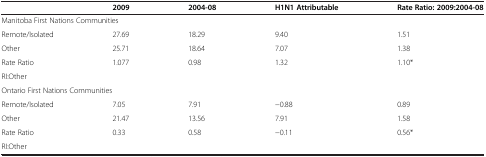
<table><thead><tr><td><b> </b></td><td><b>2009</b></td><td><b>2004-08</b></td><td><b>H1N1 Attributable</b></td><td><b>Rate Ratio: 2009:2004-08</b></td></tr></thead><tbody><tr><td colspan="5">Manitoba First Nations Communities</td></tr><tr><td>Remote/Isolated</td><td>27.69</td><td>18.29</td><td>9.40</td><td>1.51</td></tr><tr><td>Other</td><td>25.71</td><td>18.64</td><td>7.07</td><td>1.38</td></tr><tr><td>Rate Ratio</td><td rowspan="2">1.077</td><td rowspan="2">0.98</td><td rowspan="2">1.32</td><td rowspan="2">1.10*</td></tr><tr><td>RI:Other</td></tr><tr><td colspan="5">Ontario First Nations Communities</td></tr><tr><td>Remote/Isolated</td><td>7.05</td><td>7.91</td><td>−0.88</td><td>0.89</td></tr><tr><td>Other</td><td>21.47</td><td>13.56</td><td>7.91</td><td>1.58</td></tr><tr><td>Rate Ratio</td><td rowspan="2">0.33</td><td rowspan="2">0.58</td><td rowspan="2">−0.11</td><td rowspan="2">0.56*</td></tr><tr><td>RI:Other</td></tr></tbody></table>